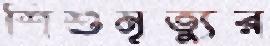
শিশুমৃত্যুর